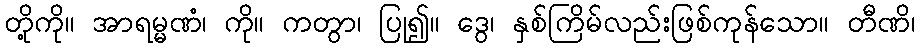
တို့ကို။ အာရမ္မဏံ၊ ကို။ ကတွာ၊ ပြု၍။ ဒွေ၊ နှစ်ကြိမ်လည်းဖြစ်ကုန်သော။ တီဏိ၊